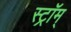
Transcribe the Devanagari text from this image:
स्ट्रॉम्‌